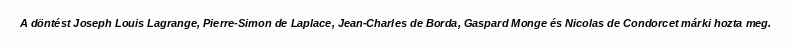
A döntést Joseph Louis Lagrange, Pierre-Simon de Laplace, Jean-Charles de Borda, Gaspard Monge és Nicolas de Condorcet márki hozta meg.